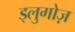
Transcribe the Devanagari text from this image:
ड्लुगोज़